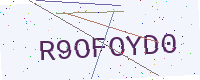
Text: R9OFOYD0